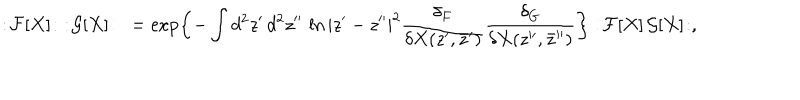
: \! { \cal F } [ X ] \! : \, \, : \! { \cal G } [ X ] \! : \ = \exp \biggl \{ - \int d ^ { 2 } z ^ { \prime } \, d ^ { 2 } z ^ { \prime \prime } \, \ln | z ^ { \prime } - z ^ { \prime \prime } | ^ { 2 } \frac { \delta _ { F } } { \delta X ( z ^ { \prime } , \bar { z } ^ { \prime } ) } \frac { \delta _ { G } } { \delta X ( z ^ { \prime \prime } , \bar { z } ^ { \prime \prime } ) } \biggr \} : \! { \cal F } [ X ] \, { \cal G } [ X ] \! : ,